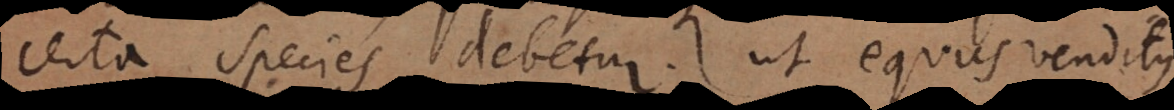
certa species debetur, ut equus venditus